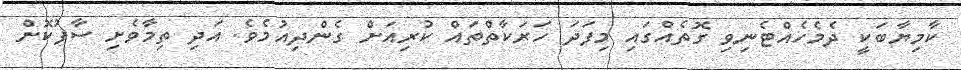
ކާމިޔާބަކީ ދެމެހެއްޓެނިވި ގޮތެއްގައި މިފަދަ ހަރަކާތްތައް ކުރިއަށް ގެންދިއުމެވެ. އަދި ތިމާވެށި ސާފުކޮށް